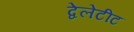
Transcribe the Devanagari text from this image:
द्वेलेटीट